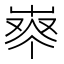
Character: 𰎈